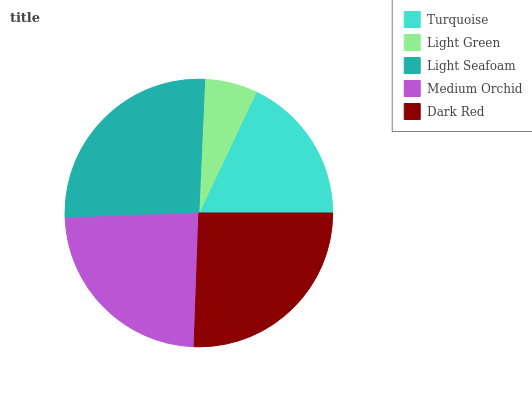
| Turquoise | Light Green | Light Seafoam | Medium Orchid | Dark Red |
 | --- | --- | --- | --- | --- |
 | 18% | 6.36% | 26.2% | 23.8% | 25.6% |